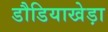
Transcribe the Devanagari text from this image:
डौडियाखेड़ा